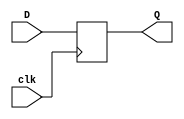
module neg_edge_d_flip_flop(
    input D,
    input clk,
    output reg Q
);

always @(negedge clk) begin
    Q <= D;
end

endmodule